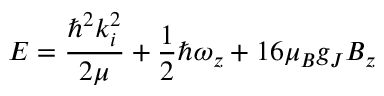
E = \frac { \hbar ^ { 2 } k _ { i } ^ { 2 } } { 2 \mu } + \frac { 1 } { 2 } \hbar \omega _ { z } + 1 6 \mu _ { B } g _ { J } B _ { z }